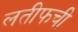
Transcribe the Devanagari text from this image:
लतीफची